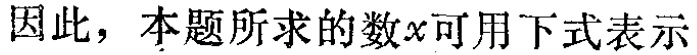
因此，本题所求的数\(x\)可用下式表示